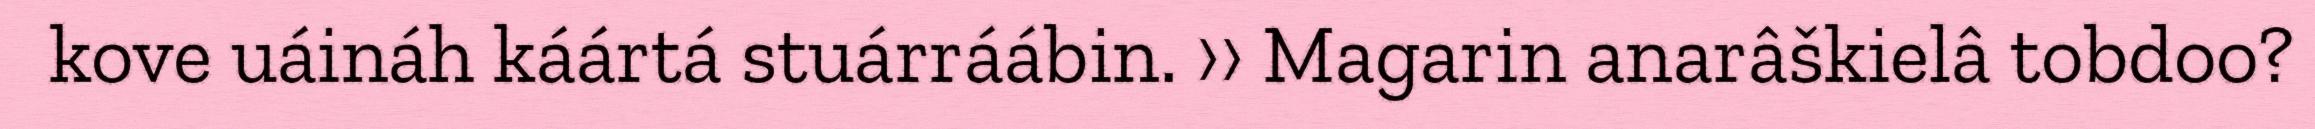
kove uáináh káártá stuárráábin. ›› Magarin anarâškielâ tobdoo?